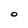
Character: O